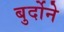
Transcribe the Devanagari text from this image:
बुर्दोने